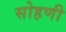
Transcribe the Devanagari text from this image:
सोहणी